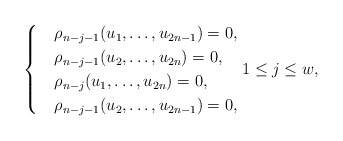
\begin{align*} \begin{cases} &\rho_{n-j-1}(u_1,\ldots,u_{2n-1})=0,\\ &\rho_{n-j-1}(u_2,\ldots,u_{2n})=0,\\ &\rho_{n-j}(u_1,\ldots,u_{2n})=0,\\ &\rho_{n-j-1}(u_2,\ldots,u_{2n-1})=0, \end{cases} 1\leq j\leq w, \end{align*}